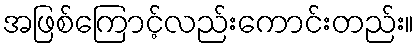
အဖြစ်ကြောင့်လည်းကောင်းတည်း။